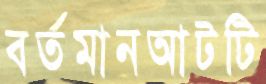
বর্তমানআটটি